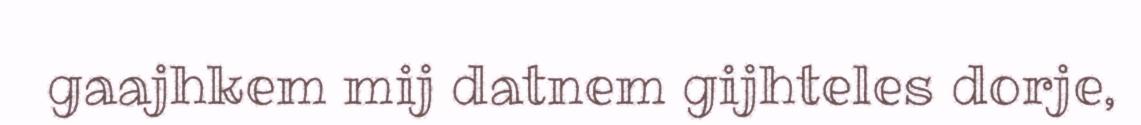
gaajhkem mij datnem gijhteles dorje,